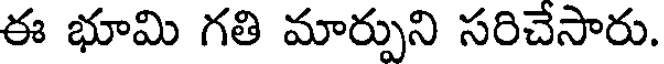
ఈ భూమి గతి మార్పుని సరిచేసారు.